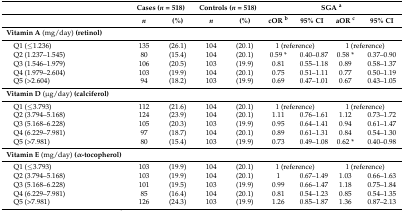
<table><thead><tr><td></td><td colspan="2"><b>Cases (<i>n</i> = 518)</b></td><td colspan="2"><b>Controls (<i>n</i> = 518)</b></td><td colspan="4"><b>SGA <sup>a</sup></b></td></tr><tr><td></td><td><b><i>n</i></b></td><td><b>(%)</b></td><td><b><i>n</i></b></td><td><b>(%)</b></td><td><b>cOR <sup>b</sup></b></td><td><b>95% CI</b></td><td><b>aOR <sup>c</sup></b></td><td><b>95% CI</b></td></tr></thead><tbody><tr><td><b>Vitamin A</b> (mg/day)<b>(retinol)</b></td><td></td><td></td><td></td><td></td><td></td><td></td><td></td><td></td></tr><tr><td> Q1 (≤1.236)</td><td>135</td><td>(26.1)</td><td>104</td><td>(20.1)</td><td colspan="2">1 (reference)</td><td colspan="2">1 (reference)</td></tr><tr><td> Q2 (1.237–1.545)</td><td>80</td><td>(15.4)</td><td>104</td><td>(20.1)</td><td>0.59 *</td><td>0.40–0.87</td><td>0.58 *</td><td>0.37–0.90</td></tr><tr><td> Q3 (1.546–1.979)</td><td>106</td><td>(20.5)</td><td>103</td><td>(19.9)</td><td>0.81</td><td>0.55–1.18</td><td>0.89</td><td>0.58–1.37</td></tr><tr><td> Q4 (1.979–2.604)</td><td>103</td><td>(19.9)</td><td>104</td><td>(20.1)</td><td>0.75</td><td>0.51–1.11</td><td>0.77</td><td>0.50–1.19</td></tr><tr><td> Q5 (&gt;2.604)</td><td>94</td><td>(18.2)</td><td>103</td><td>(19.9)</td><td>0.69</td><td>0.47–1.01</td><td>0.67</td><td>0.43–1.05</td></tr><tr><td><b>Vitamin D</b> (μg/day)<b>(calciferol)</b></td><td></td><td></td><td></td><td></td><td></td><td></td><td></td><td></td></tr><tr><td> Q1 (≤3.793)</td><td>112</td><td>(21.6)</td><td>104</td><td>(20.1)</td><td colspan="2">1 (reference)</td><td colspan="2">1 (reference)</td></tr><tr><td> Q2 (3.794–5.168)</td><td>124</td><td>(23.9)</td><td>104</td><td>(20.1)</td><td>1.11</td><td>0.76–1.61</td><td>1.12</td><td>0.73–1.72</td></tr><tr><td> Q3 (5.168–6.228)</td><td>105</td><td>(20.3)</td><td>103</td><td>(19.9)</td><td>0.95</td><td>0.64–1.41</td><td>0.94</td><td>0.61–1.47</td></tr><tr><td> Q4 (6.229–7.981)</td><td>97</td><td>(18.7)</td><td>104</td><td>(20.1)</td><td>0.89</td><td>0.61–1.31</td><td>0.84</td><td>0.54–1.30</td></tr><tr><td> Q5 (&gt;7.981)</td><td>80</td><td>(15.4)</td><td>103</td><td>(19.9)</td><td>0.73</td><td>0.49–1.08</td><td>0.62 *</td><td>0.40–0.98</td></tr><tr><td><b>Vitamin E</b> (mg/day)<b>(α-tocopherol)</b></td><td></td><td></td><td></td><td></td><td></td><td></td><td></td><td></td></tr><tr><td> Q1 (≤3.793)</td><td>103</td><td>(19.9)</td><td>104</td><td>(20.1)</td><td colspan="2">1 (reference)</td><td colspan="2">1 (reference)</td></tr><tr><td> Q2 (3.794–5.168)</td><td>103</td><td>(19.9)</td><td>104</td><td>(20.1)</td><td>1</td><td>0.67–1.49</td><td>1.03</td><td>0.66–1.63</td></tr><tr><td> Q3 (5.168–6.228)</td><td>101</td><td>(19.5)</td><td>103</td><td>(19.9)</td><td>0.99</td><td>0.66–1.47</td><td>1.18</td><td>0.75–1.84</td></tr><tr><td> Q4 (6.229–7.981)</td><td>85</td><td>(16.4)</td><td>104</td><td>(20.1)</td><td>0.81</td><td>0.54–1.23</td><td>0.85</td><td>0.54–1.35</td></tr><tr><td> Q5 (&gt;7.981)</td><td>126</td><td>(24.3)</td><td>103</td><td>(19.9)</td><td>1.26</td><td>0.85–1.87</td><td>1.36</td><td>0.87–2.13</td></tr></tbody></table>